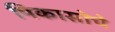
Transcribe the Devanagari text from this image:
पिकासोचे